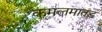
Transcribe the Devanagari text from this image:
कमलमातंड